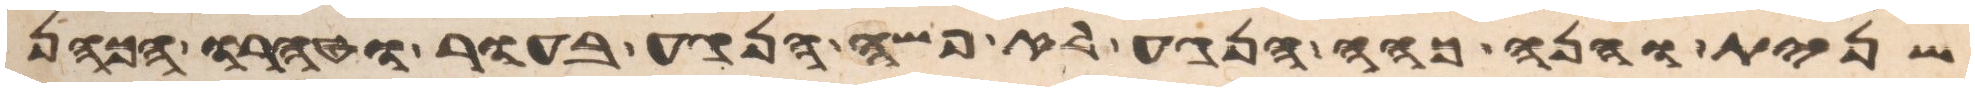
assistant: שנית והנה כהה הנגע לא פשה הנגע בעור וטהרו הכהן